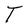
Character: T